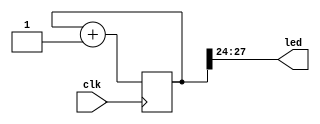
module top(input clk, output [3:0] led);

	reg [27:0] counter = 0;
	always @(posedge clk) counter <= counter + 1;

	assign led[0:3] = counter[24:27];
endmodule